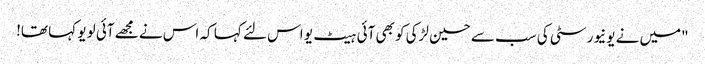
"میں نے یونیورسٹی کی سب سے حسین لڑکی کو بھی آئی ہیٹ یو اس لئے کہا کہ اس نے مجھے آئی لو یو کہا تھا!